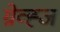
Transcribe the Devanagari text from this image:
ग्रेव्ह्ज